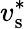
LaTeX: v_{\mathrm{s}}^{\ast}